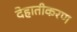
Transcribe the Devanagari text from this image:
देहातीकरण